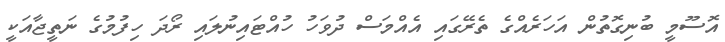
އޮސޫމީ ބުނިގޮތުން އަހަރެއްގެ ތެރޭގައި އެއްމަސް ދުވަހު ހުއްޓައިނުލައި ރޯދަ ހިފުމުގެ ނަތީޖާއަކީ